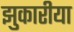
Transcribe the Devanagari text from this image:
झुकारीया